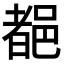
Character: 𨜞